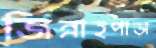
জিন্নাহপাড়া